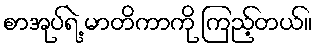
စာအုပ်ရဲ့ မာတိကာကို ကြည့်တယ်။